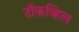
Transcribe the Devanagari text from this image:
टॉकव्हिल